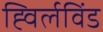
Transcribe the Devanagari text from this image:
ह्विर्लविंड